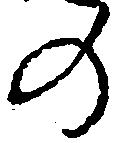
の